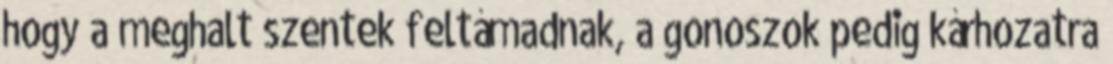
hogy a meghalt szentek feltámadnak, a gonoszok pedig kárhozatra